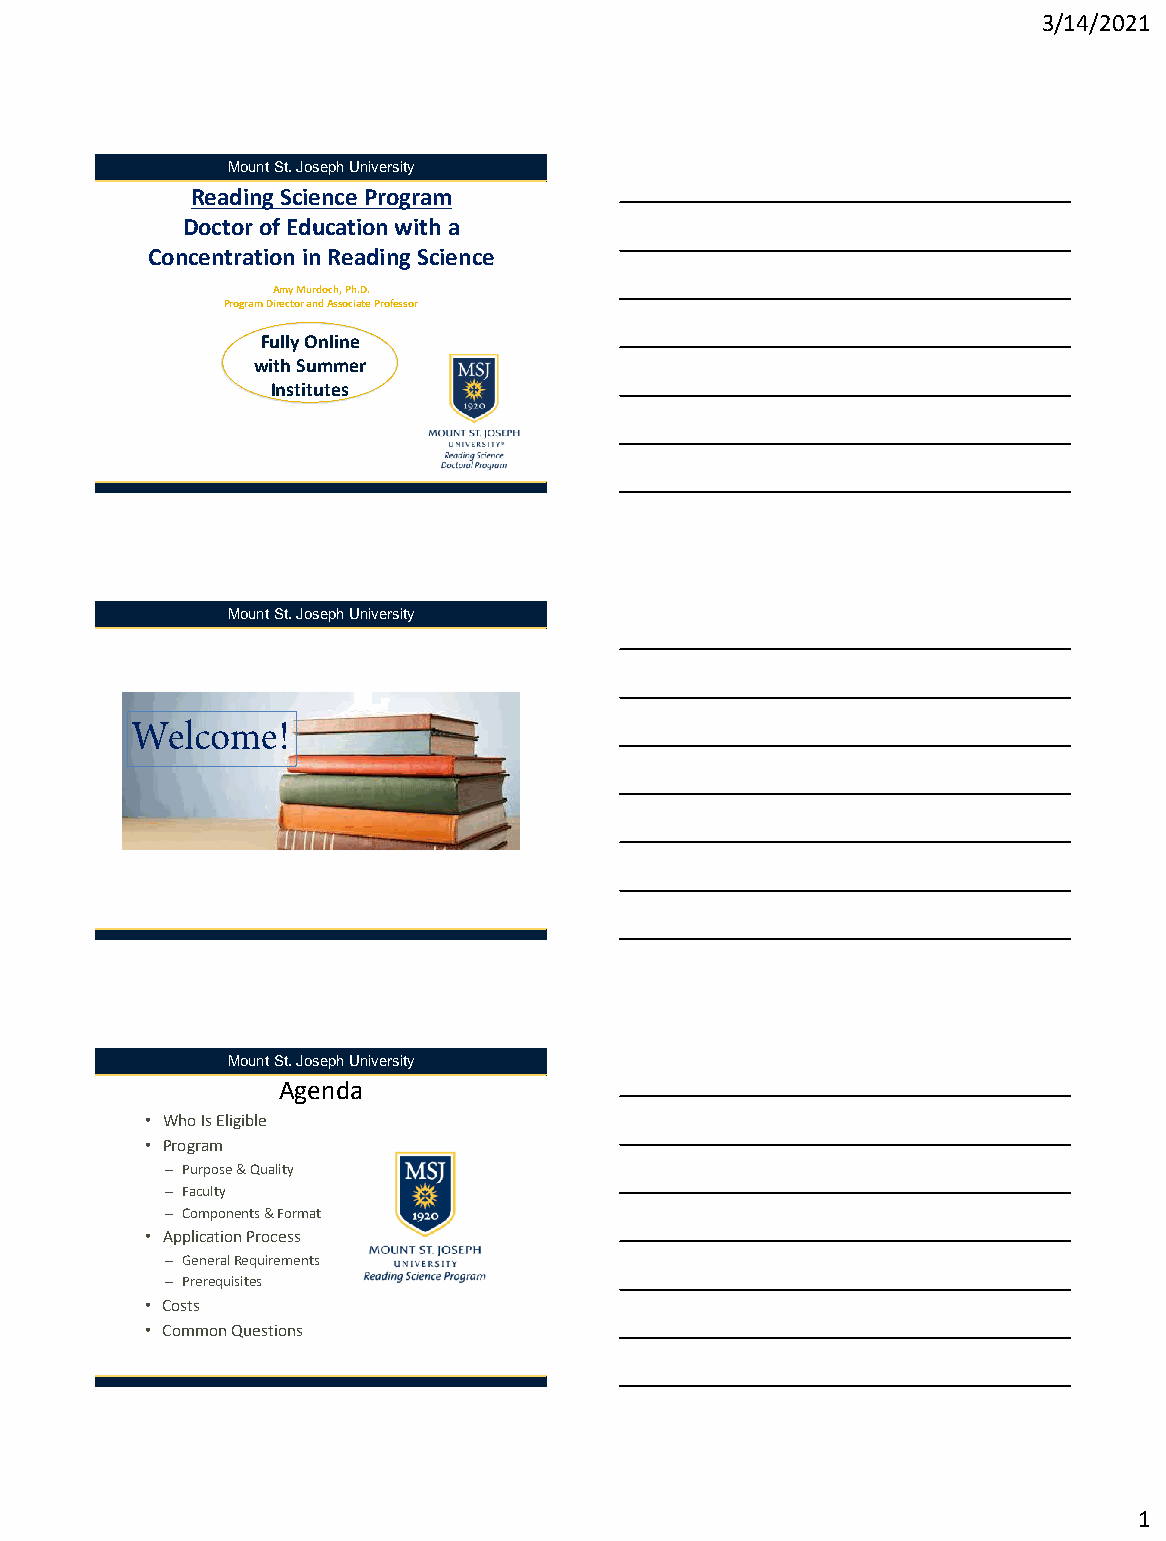
3/14/2021
 Mount St. Joseph University
 Reading Science Program
 Doctor of Education with a
 Concentration in Reading Science
 Amy Murdoch, Ph.D.
 Program Director and Associate Professor
 Fully Online
 with Summer
 Institutes
 Mount St. Joseph University
 Mount St. Joseph University
 Agenda
 • Who Is Eligible
 • Program
 – Purpose & Quality
 – Faculty
 – Components & Format
 • Application Process
 – GeneralRequirements
 – Prerequisites
 • Costs
 • Common Questions
 1